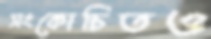
সংকোচিতও